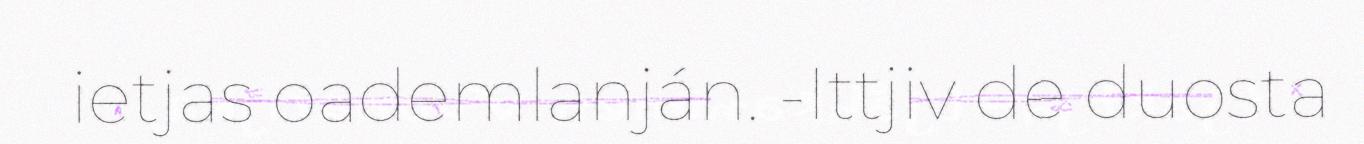
ietjas oademlanján. -Ittjiv de duosta